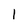
Character: 1